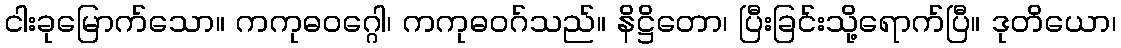
ငါးခုမြောက်သော။ ကကုဓဝဂ္ဂေါ၊ ကကုဓဝဂ်သည်။ နိဋ္ဌိတော၊ ပြီးခြင်းသို့ရောက်ပြီ။ ဒုတိယော၊